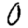
Digit: 0